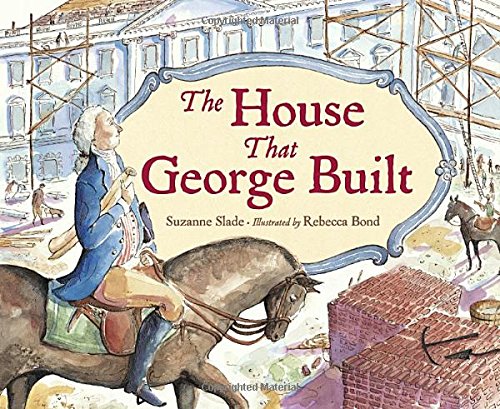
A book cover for The House That George Built; Suzanne Slade; Children's Books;